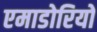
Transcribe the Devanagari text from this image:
एमाडोरियो